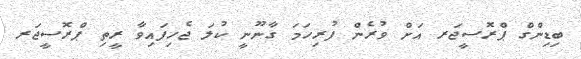
ބިޑިންގް ޕްރޮސީޖަރ އަށް ވުރެން ފުރިހަމަ ގާނޫނީ ކުލަ ޖެހިފައިވާ ރީތި ޕްރޮސީޖަރ